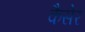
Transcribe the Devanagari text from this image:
कैसेर